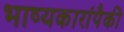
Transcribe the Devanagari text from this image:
भाष्यकारांपैकी